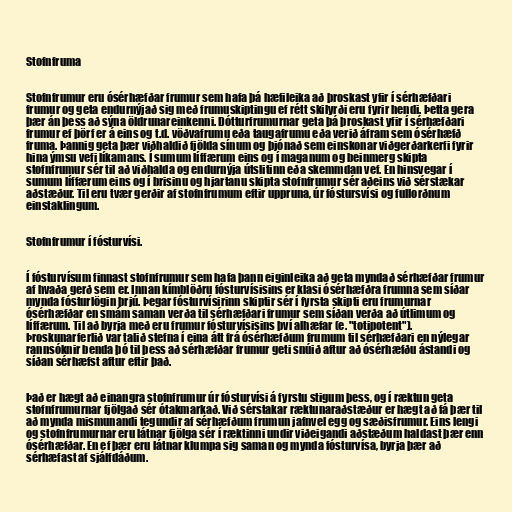
Stofnfruma

Stofnfrumur eru ósérhæfðar frumur sem hafa þá hæfileika að þroskast yfir í sérhæfðari
frumur og geta endurnýjað sig með frumuskiptingu ef rétt skilyrði eru fyrir hendi. Þetta gera
þær án þess að sýna öldrunareinkenni. Dótturfrumurnar geta þá þroskast yfir í sérhæfðari
frumur ef þörf er á eins og t.d. vöðvafrumu eða taugafrumu eða verið áfram sem ósérhæfð
fruma. Þannig geta þær viðhaldið fjölda sínum og þjónað sem einskonar viðgerðarkerfi fyrir
hina ýmsu vefi líkamans. Í sumum líffærum eins og í maganum og beinmerg skipta
stofnfrumur sér til að viðhalda og endurnýja útslitinn eða skemmdan vef. En hinsvegar í
sumum líffærum eins og í brisinu og hjartanu skipta stofnfrumur sér aðeins við sérstækar
aðstæður. Til eru tvær gerðir af stofnfrumum eftir uppruna, úr fóstursvísi og fullorðnum
einstaklingum.

Stofnfrumur í fósturvísi.

Í fósturvísum finnast stofnfrumur sem hafa þann eiginleika að geta myndað sérhæfðar frumur
af hvaða gerð sem er. Innan kímblöðru fósturvísisins er klasi ósérhæfðra frumna sem síðar
mynda fósturlögin þrjú. Þegar fósturvísirinn skiptir sér í fyrsta skipti eru frumurnar
ósérhæfðar en smám saman verða til sérhæfðari frumur sem síðan verða að útlimum og
líffærum. Til að byrja með eru frumur fósturvísisins því alhæfar (e. "totipotent").
Þroskunarferlið var talið stefna í eina átt frá ósérhæfðum frumum til sérhæfðari en nýlegar
rannsóknir benda þó til þess að sérhæfðar frumur geti snúið aftur að ósérhæfðu ástandi og
síðan sérhæfst aftur eftir það.

Það er hægt að einangra stofnfrumur úr fósturvísi á fyrstu stigum þess, og í ræktun geta
stofnfrumurnar fjölgað sér ótakmarkað. Við sérstakar ræktunaraðstæður er hægt að fá þær til
að mynda mismunandi tegundir af sérhæfðum frumun jafnvel egg og sæðisfrumur. Eins lengi
og stofnfrumurnar eru látnar fjölga sér í ræktinni undir viðeigandi aðstæðum haldast þær enn
ósérhæfðar. En ef þær eru látnar klumpa sig saman og mynda fósturvísa, byrja þær að
sérhæfast af sjálfdáðum.